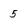
Character: 5